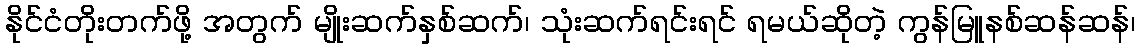
နိုင်ငံတိုးတက်ဖို့ အတွက် မျိုးဆက်နှစ်ဆက်၊ သုံးဆက်ရင်းရင် ရမယ်ဆိုတဲ့ ကွန်မြူနစ်ဆန်ဆန်၊